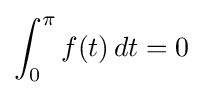
\int _{0}^{\pi }f(t)\,dt=0